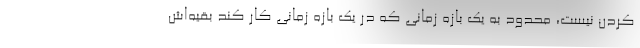
کردن نیست، محدود به یک بازه زمانی که در یک بازه زمانی کار کند بقیه‌اش